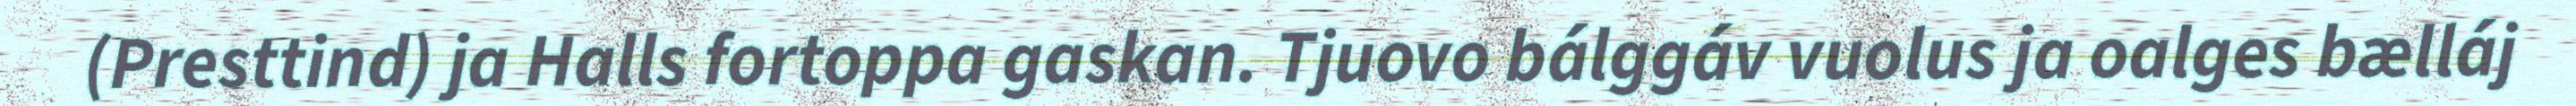
(Presttind) ja Halls fortoppa gaskan. Tjuovo bálggáv vuolus ja oalges bælláj